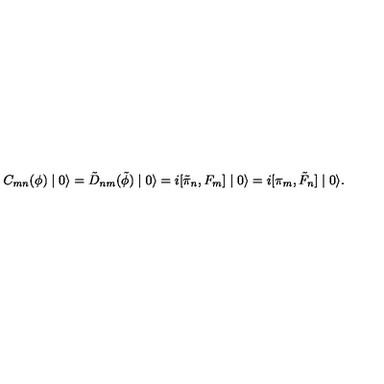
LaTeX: C _ { m n } ( \phi ) \mid 0 \rangle = \tilde { D } _ { n m } ( \tilde { \phi } ) \mid 0 \rangle = i [ \tilde { \pi } _ { n } , F _ { m } ] \mid 0 \rangle = i [ \pi _ { m } , \tilde { F } _ { n } ] \mid 0 \rangle .